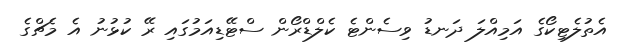
އެތުލެޓިކޯގެ އަމިއްލަ ދަނޑު ވިސެންޓެ ކެލްޑްރޯން ސްޓޭޑިއަމުގައި ރޭ ކުޅުނު އެ މެޗްގެ